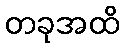
တခုအထိ